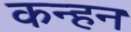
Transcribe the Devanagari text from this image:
कन्हन